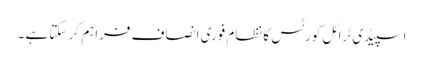
اسپیڈی ٹرائل کورٹس کا نظام فوری انصاف فراہم کر سکتا ہے ۔